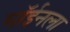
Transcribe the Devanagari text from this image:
मॉईनला